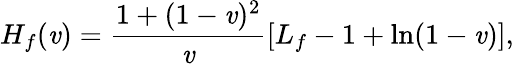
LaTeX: H_{f}(\mathit{v})=\frac{{1+(1-\mathit{v})^{2}}}{{\mathit{v}}}[L_{f}-1+\ln(1-\mathit{v})],